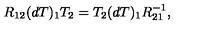
R _ { 1 2 } ( d T ) _ { 1 } T _ { 2 } = T _ { 2 } ( d T ) _ { 1 } R _ { 2 1 } ^ { - 1 } ,